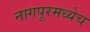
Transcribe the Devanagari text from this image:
नागपूरमध्येच